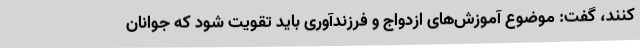
کنند، گفت: موضوع آموزش‌های ازدواج و فرزندآوری باید تقویت شود که جوانان